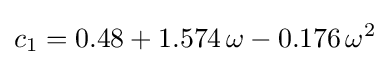
c_{1}=0.48+1.574\,\omega -0.176\,\omega ^{2}